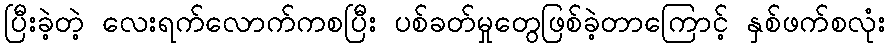
ပြီးခဲ့တဲ့ လေးရက်လောက်ကစပြီး ပစ်ခတ်မှုတွေဖြစ်ခဲ့တာကြောင့် နှစ်ဖက်စလုံး